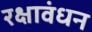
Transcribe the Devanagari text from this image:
रक्षावंधन